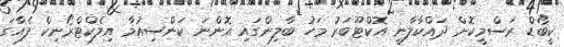
ކީބޯޑް ރަސްމީކޮށް ދައްކާލާނީ އޮކްޓޫބަރު މަހު ބާލިންގައި އޮންނަ ކަންސިއުމާ އިލެކްޓްރޯނިކް ފެއާގަ